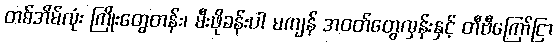
တစ်အိမ်လုံး ကြိုးတွေတန်း၊ မီးဖိုခန်းပါ မကျန် အဝတ်တွေလှန်းနှင့် တီဗီကြော်ငြာ